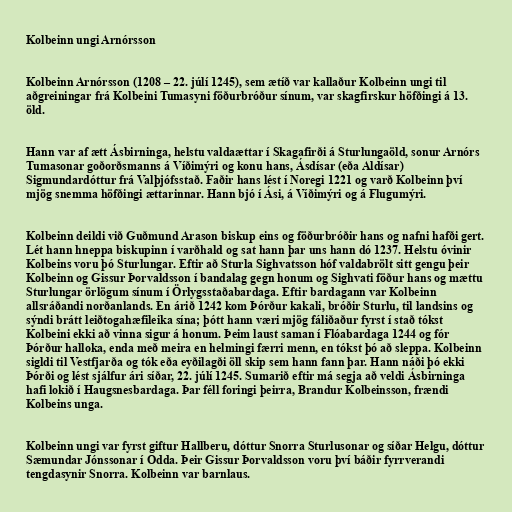
Kolbeinn ungi Arnórsson

Kolbeinn Arnórsson (1208 – 22. júlí 1245), sem ætíð var kallaður Kolbeinn ungi til
aðgreiningar frá Kolbeini Tumasyni föðurbróður sínum, var skagfirskur höfðingi á 13.
öld.

Hann var af ætt Ásbirninga, helstu valdaættar í Skagafirði á Sturlungaöld, sonur Arnórs
Tumasonar goðorðsmanns á Víðimýri og konu hans, Ásdísar (eða Aldísar)
Sigmundardóttur frá Valþjófsstað. Faðir hans lést í Noregi 1221 og varð Kolbeinn því
mjög snemma höfðingi ættarinnar. Hann bjó í Ási, á Víðimýri og á Flugumýri.

Kolbeinn deildi við Guðmund Arason biskup eins og föðurbróðir hans og nafni hafði gert.
Lét hann hneppa biskupinn í varðhald og sat hann þar uns hann dó 1237. Helstu óvinir
Kolbeins voru þó Sturlungar. Eftir að Sturla Sighvatsson hóf valdabrölt sitt gengu þeir
Kolbeinn og Gissur Þorvaldsson í bandalag gegn honum og Sighvati föður hans og mættu
Sturlungar örlögum sínum í Örlygsstaðabardaga. Eftir bardagann var Kolbeinn
allsráðandi norðanlands. En árið 1242 kom Þórður kakali, bróðir Sturlu, til landsins og
sýndi brátt leiðtogahæfileika sína; þótt hann væri mjög fáliðaður fyrst í stað tókst
Kolbeini ekki að vinna sigur á honum. Þeim laust saman í Flóabardaga 1244 og fór
Þórður halloka, enda með meira en helmingi færri menn, en tókst þó að sleppa. Kolbeinn
sigldi til Vestfjarða og tók eða eyðilagði öll skip sem hann fann þar. Hann náði þó ekki
Þórði og lést sjálfur ári síðar, 22. júlí 1245. Sumarið eftir má segja að veldi Ásbirninga
hafi lokið í Haugsnesbardaga. Þar féll foringi þeirra, Brandur Kolbeinsson, frændi
Kolbeins unga.

Kolbeinn ungi var fyrst giftur Hallberu, dóttur Snorra Sturlusonar og síðar Helgu, dóttur
Sæmundar Jónssonar í Odda. Þeir Gissur Þorvaldsson voru því báðir fyrrverandi
tengdasynir Snorra. Kolbeinn var barnlaus.